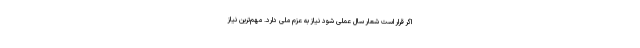
اگر قرار است شعار سال عملی شود نیاز به عزم ملی دارد. مهم‌ترین نیاز